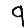
Digit: 9